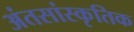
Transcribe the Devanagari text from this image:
अंतसांस्कृतिक